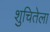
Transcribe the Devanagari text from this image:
शुचितेला